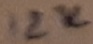
Text: 12K